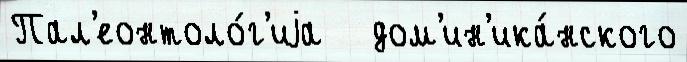
Пал'еонтоло́г'иjа   дом'ин'ика́нского